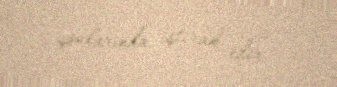
şoularında iştirak edir.